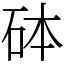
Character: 砵